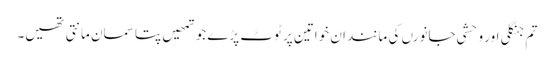
تم جنگلی اور وحشی جانورں کی مانند ان خواتین پر ٹوٹ پڑے جو تمھیں پتا سمان مانتی تھیں۔